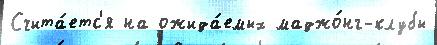
Счита́етс'я на ожида́емых маджо́нг-клубы